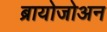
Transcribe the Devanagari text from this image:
ब्रायोजोअन